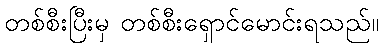
တစ်စီးပြီးမှ တစ်စီးရှောင်မောင်းရသည်။